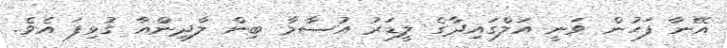
އޭނާ ފަހުން ވަނީ އަލްގައިދާގެ ލީޑަރު އުސާމާ ބިން ލާދިންއާ ގުޅިފަ އެވެ.